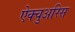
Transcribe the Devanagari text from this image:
ऐक्चुअरिस